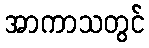
အာကာသတွင်